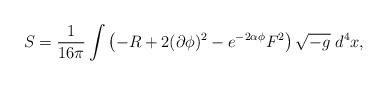
LaTeX: \begin{align*}S=\frac{1}{16\pi}\int \left(-R+2(\partial\phi )^2-e^{-2\alpha\phi}F^2\right)\sqrt{-g}\;d^4x,\end{align*}